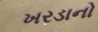
ખરડાનો